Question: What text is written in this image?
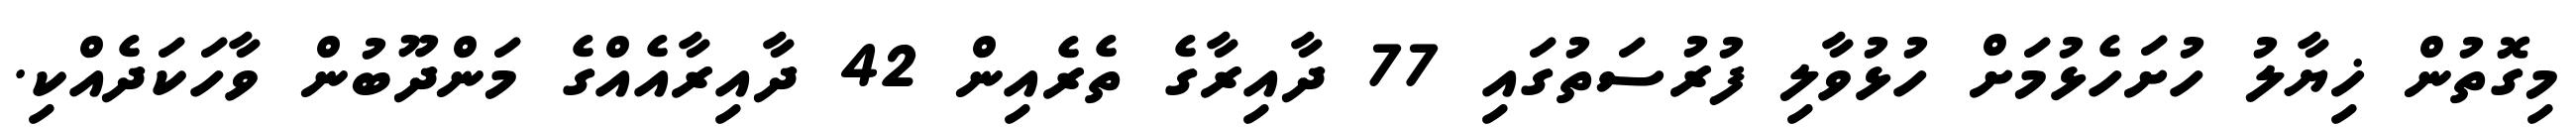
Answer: މިގޮތުން ޚިޔާލު ހުށަހެޅުމަށް ހުޅުވާލި ފުރުސަތުގައި 77 ދާއިރާގެ ތެރެއިން 42 ދާއިރާއެއްގެ މަންދޫބުން ވާހަކަދެއްކި.